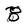
Character: 8